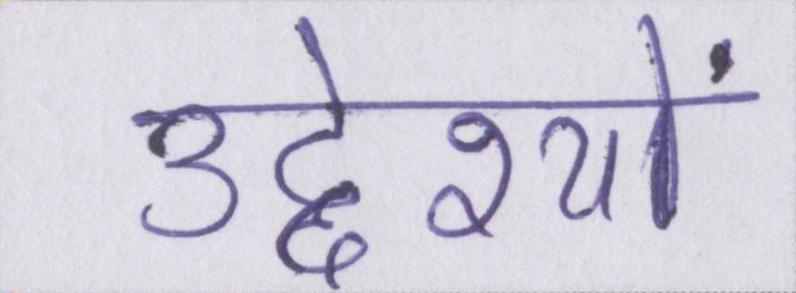
उद्देश्यों